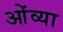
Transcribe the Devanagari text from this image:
ओंव्या